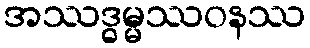
အဿဒ္ဓမ္မဿဝနဿ